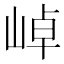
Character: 𭖭